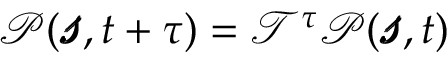
\begin{array} { r } { \mathcal { P } ( \pmb { \mathscr { s } } , t + \tau ) = \mathscr { T } ^ { \tau } \mathcal { P } ( \pmb { \mathscr { s } } , t ) } \end{array}